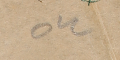
٥٤